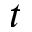
t